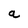
Character: a